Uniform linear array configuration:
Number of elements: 8
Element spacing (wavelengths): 0.5
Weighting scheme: kaiser
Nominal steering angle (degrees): -60
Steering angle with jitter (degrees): -60.969
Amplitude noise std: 0.05
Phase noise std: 0.05

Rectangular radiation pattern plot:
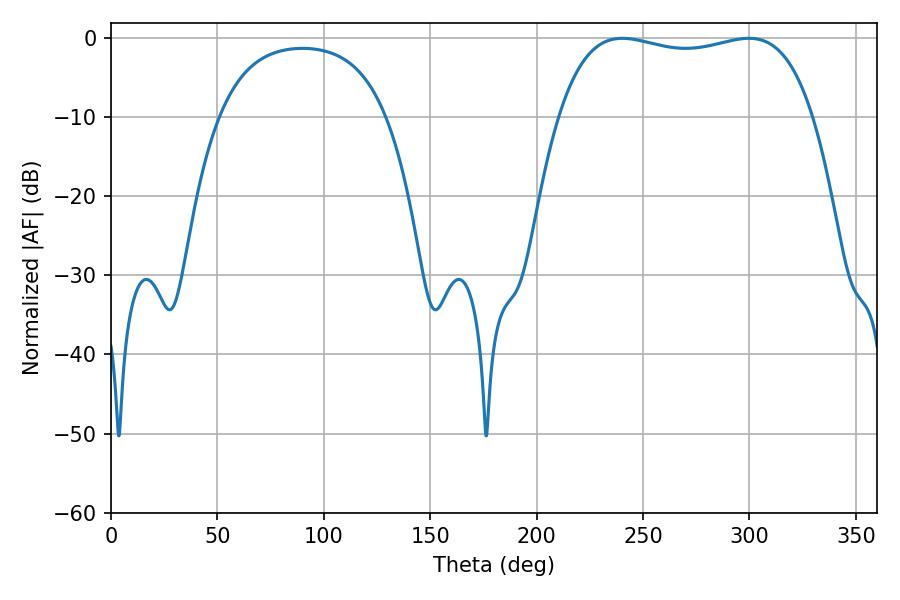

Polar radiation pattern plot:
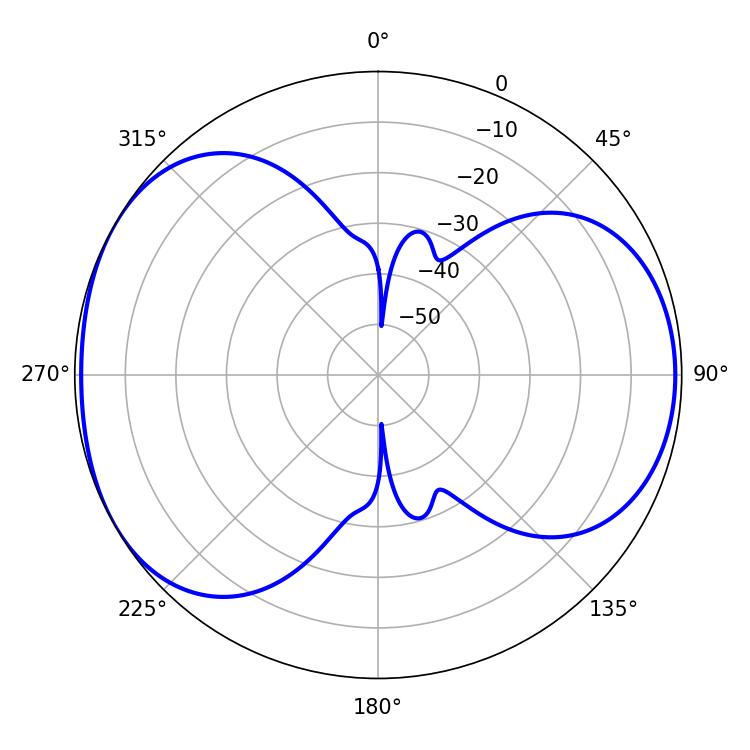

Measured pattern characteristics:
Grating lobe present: FALSE
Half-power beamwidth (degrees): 96.48
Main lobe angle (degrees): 240.3